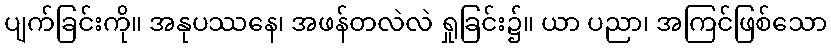
ပျက်ခြင်းကို။ အနုပဿနေ၊ အဖန်တလဲလဲ ရှုခြင်း၌။ ယာ ပညာ၊ အကြင်ဖြစ်သော